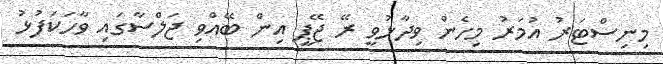
މިނިސްޓަރު އުމަރު މިހެން ވިދާޅުވީ ރޭ ޖޭޕީ އިން ބޭއްވި ޖަލްސާގައި ވާހަކަފުޅު